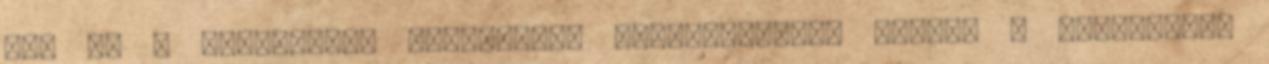
itt ne a vegyszeres megoldásra koncentráljon inkább a háztartási